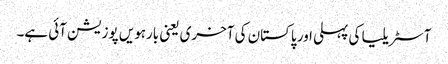
آسٹریلیا کی پہلی اور پاکستان کی آخری یعنی بارہویں پوزیشن آئی ہے۔